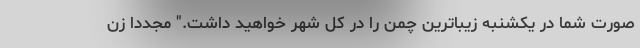
صورت شما در یکشنبه زیباترین چمن را در کل شهر خواهید داشت." مجددا زن